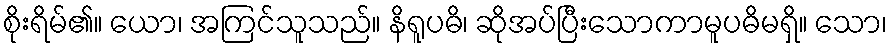
စိုးရိမ်၏။ ယော၊ အကြင်သူသည်။ နိရူပဓိ၊ ဆိုအပ်ပြီးသောကာမူပဓိမရှိ။ သော၊